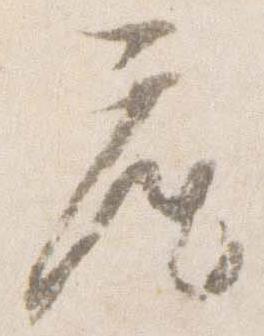
座